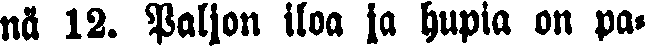
nä 12. Paljon iloa ja hupia on pa-